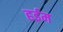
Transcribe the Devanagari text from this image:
हईम